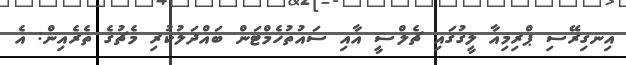
އިނގިރޭސި ޕްރިމިއާ ލީގުގައި ޗެލްސީ އާއި ސައުތުހެމްޓަން ބައްދަލުކުރި މެޗުގެ ތެރެއިން: އެ